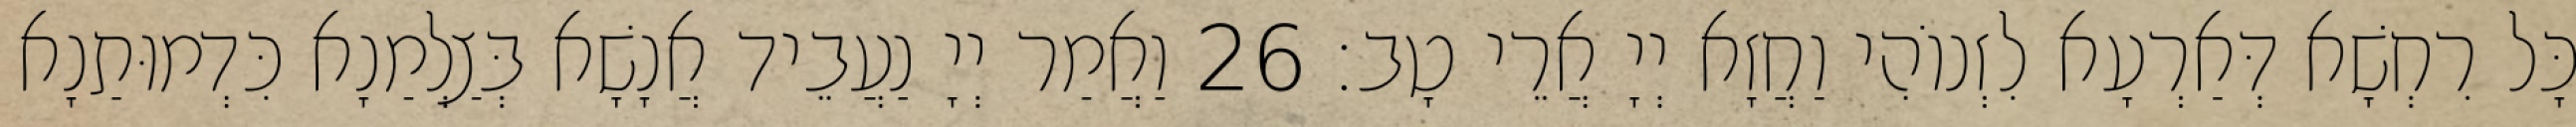
כָּל רִחְשָׁא דְּאַרְעָא לִזְנוֹהִי וַחֲזָא יְיָ אֲרֵי טָב׃ 26 וַאֲמַר יְיָ נַעֲבֵיד אֲנָשָׁא בְּצַלְמַנָא כִּדְמוּתַנָא